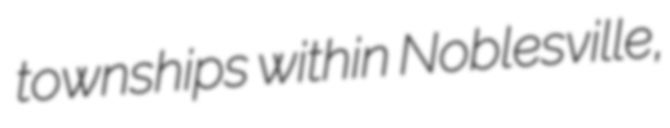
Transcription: townships within Noblesville,